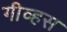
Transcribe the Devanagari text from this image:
गीव्हस